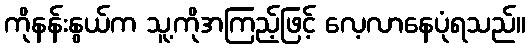
ကိုနန်းနွယ်က သူ့ကိုအကြည့်ဖြင့် လေ့လာနေပုံရသည်။